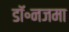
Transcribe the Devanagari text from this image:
डॉ॰नजमा